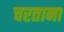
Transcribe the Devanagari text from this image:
चरताना